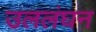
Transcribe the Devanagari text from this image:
उललंघन